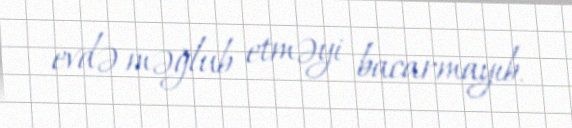
evdə məğlub etməyi bacarmayıb.